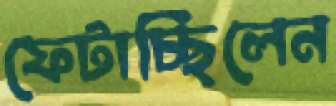
ফেটাচ্ছিলেন